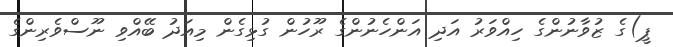
ޕީ)ގެ ޒުވާނުންގެ ހިއްވަރު އަދި އަންހެނުންގެ ރޫހުން ގުޅިގެން މިއަދު ބޭއްވި ނޫސްވެރިންގެ